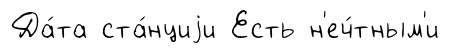
Да́та ста́нциjи Есть н'еч́тным'и